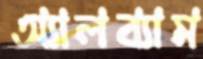
অ্যালব্যাম